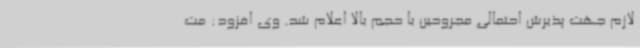
لازم جهت پذیرش احتمالی مجروحین با حجم بالا اعلام شد. وی افزود: مت